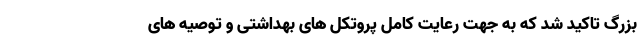
بزرگ تاکید شد که به جهت رعایت کامل پروتکل های بهداشتی و توصیه های